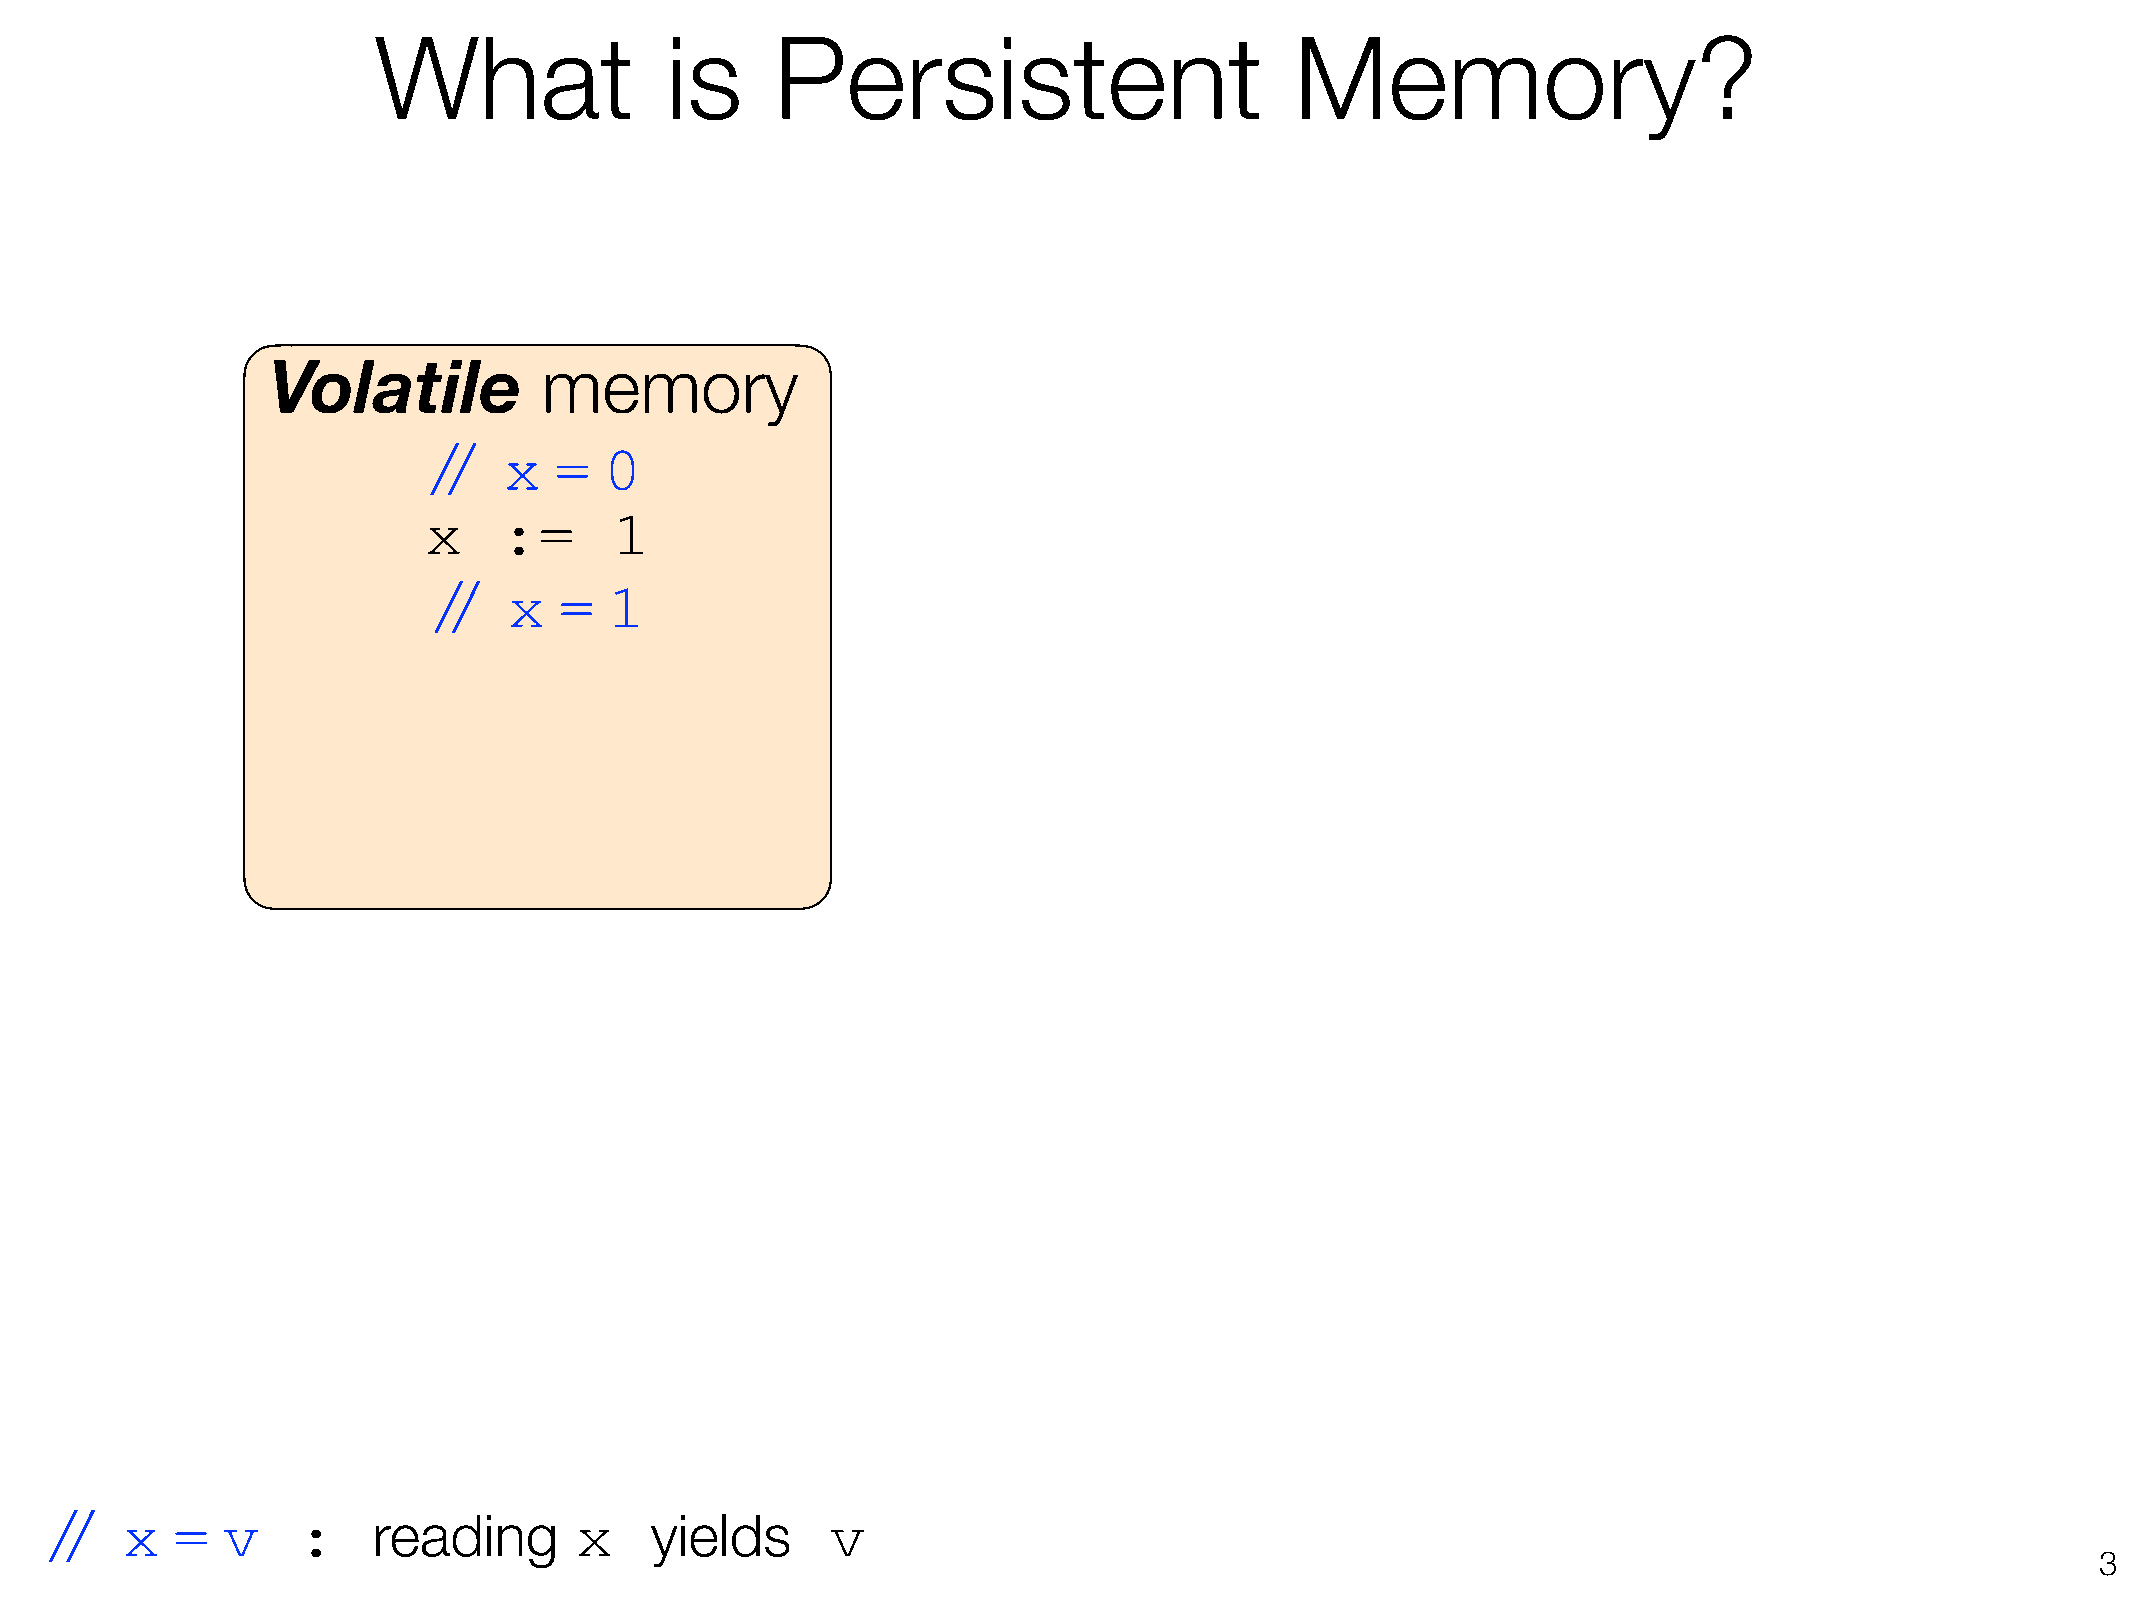
What               is     Persistent                         Memory?
 Volatile          memory
 //  x   =  0
 x    :=      1
 //   x  =  1
 //   x  =   v    :    reading      x    yields      v
 !3